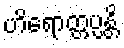
ဟိရောတ္တပ္ပန္တိ